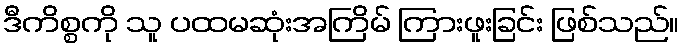
ဒီကိစ္စကို သူ ပထမဆုံးအကြိမ် ကြားဖူးခြင်း ဖြစ်သည်။